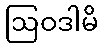
ဩဝဒါမိ